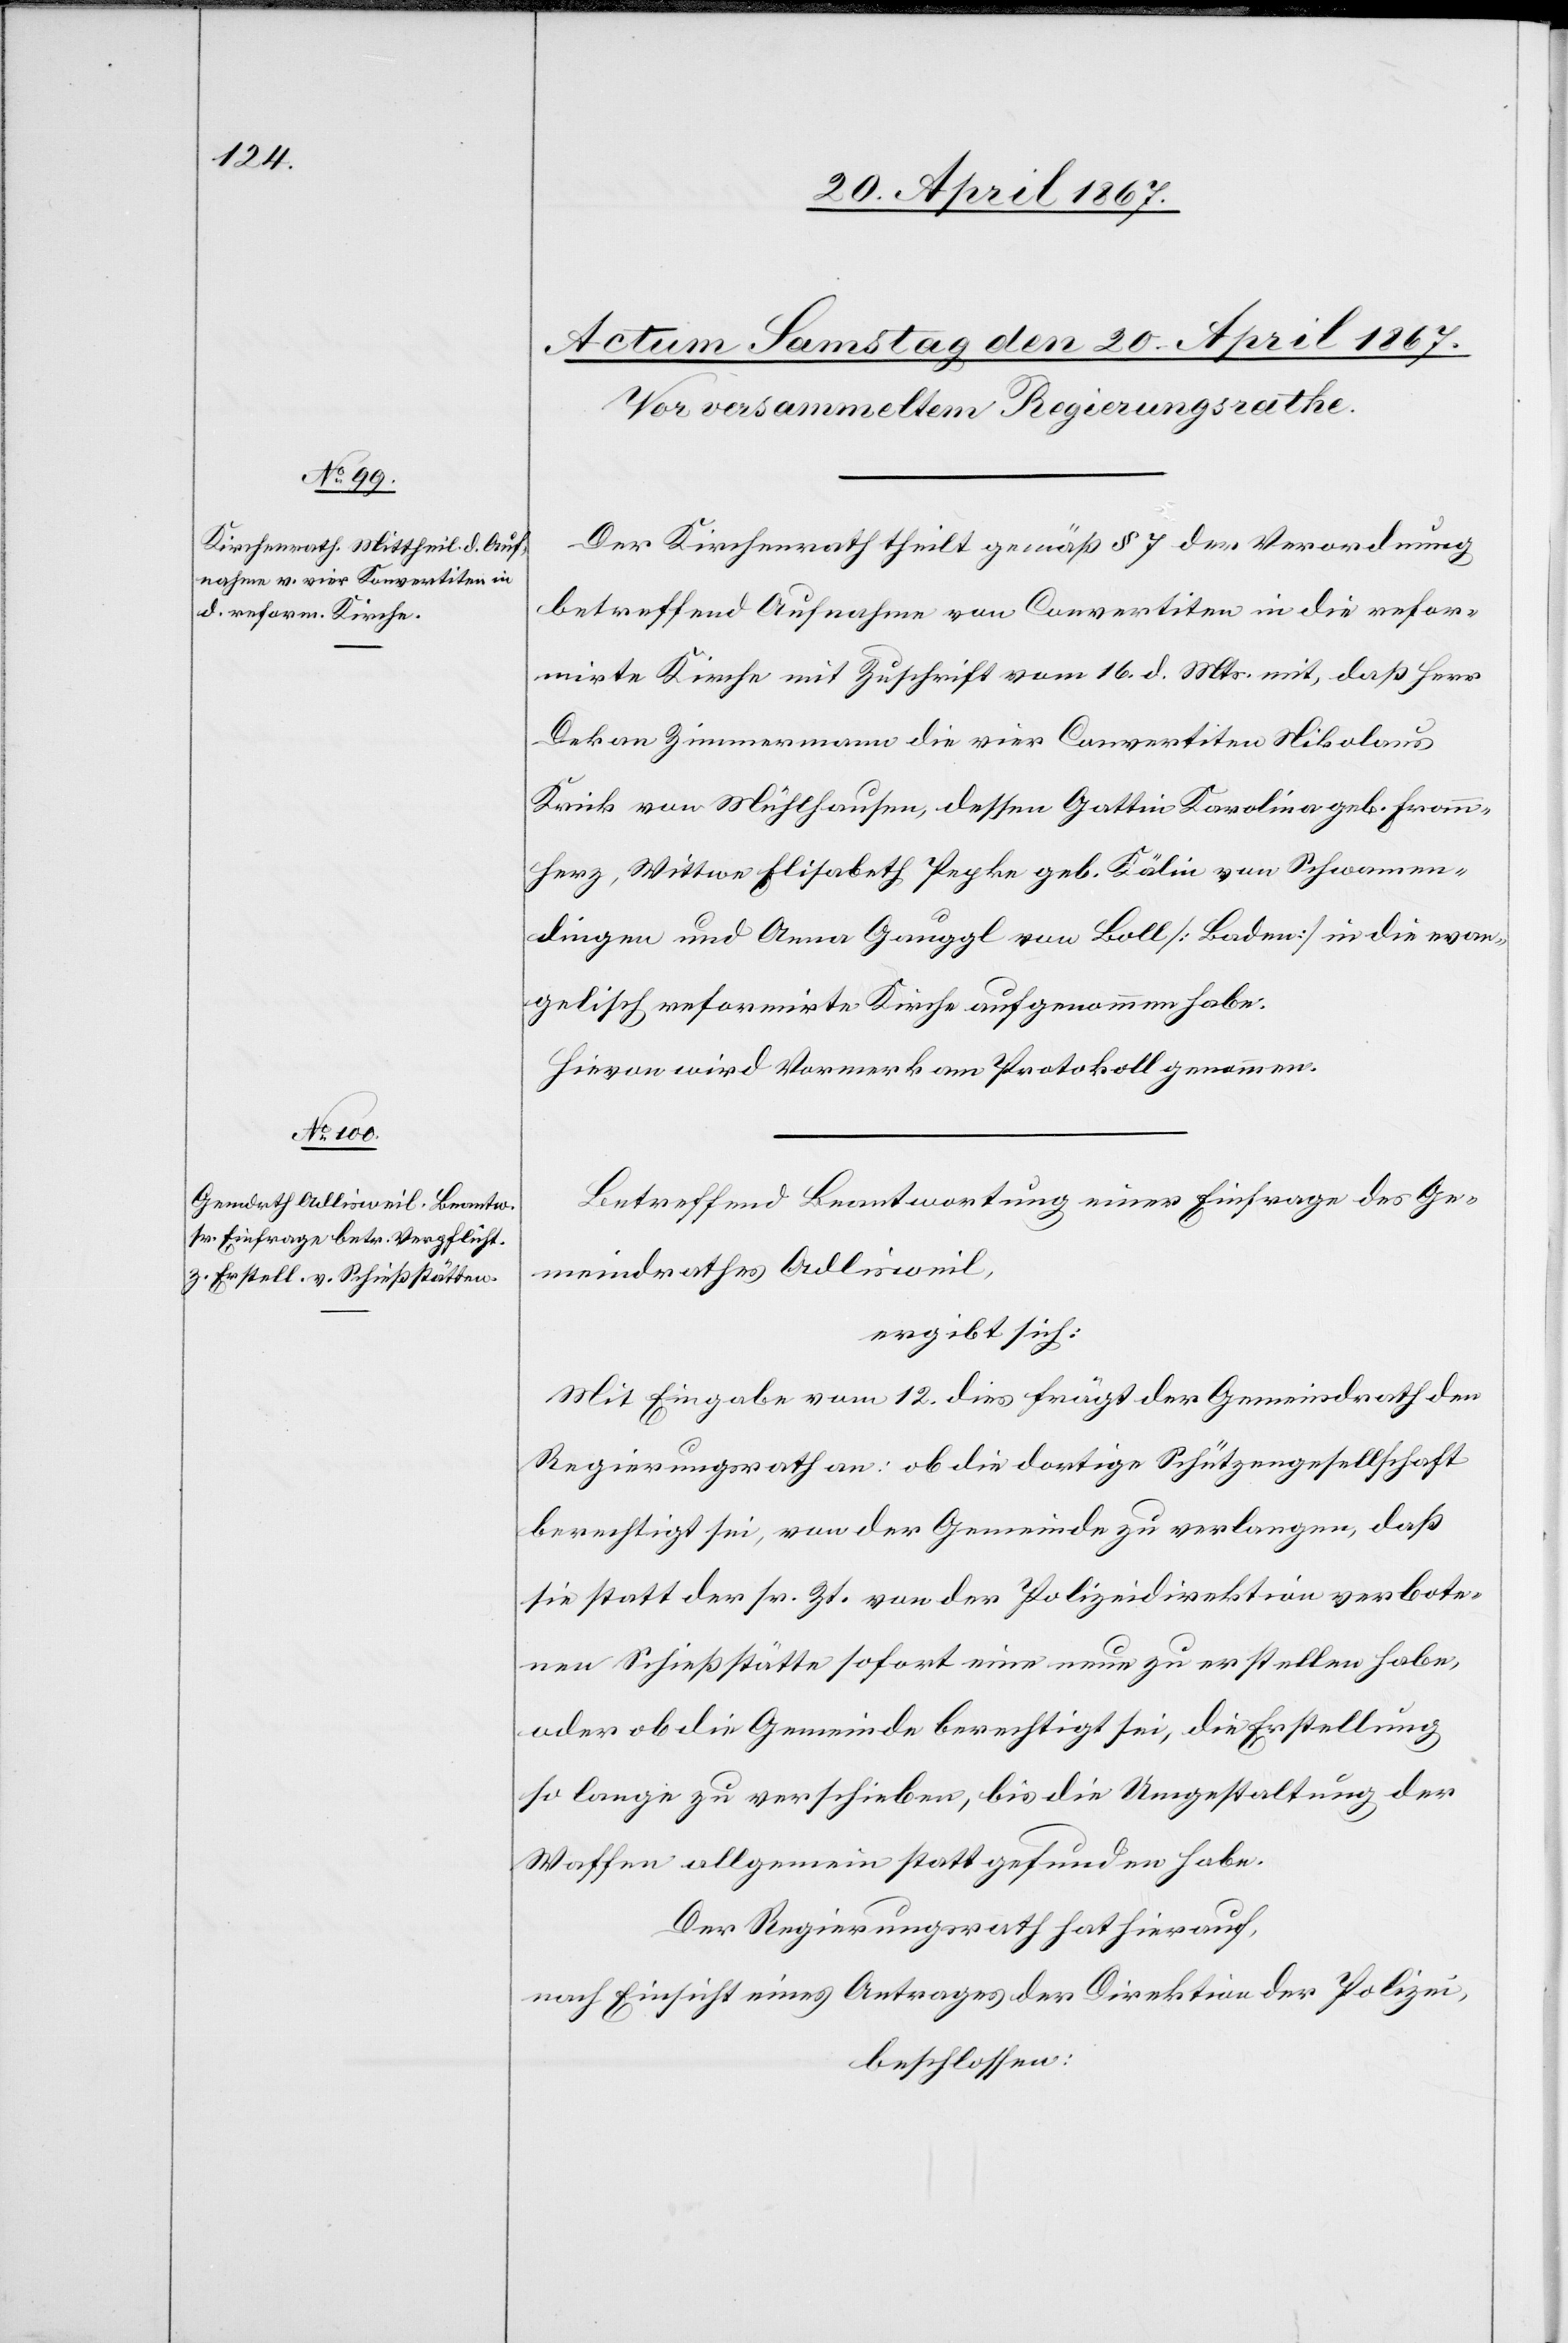
Der Kirchenrath theilt gemäß § 7 der Verordnung
betreffend Aufnahme von Convertiten in die refor¬
mirte Kirche mit Zuschrift vom 16. d. Mts mit, daß Herr
Dekan Zimmermann die vier Convertiten Nikolaus
Krick von Mühlhausen, dessen Gattin Karolina geb. Fromm¬
herz, Wittwe Elisabeth Pegke geb. Kälin von Schwamen¬
dingen und Anna Gauggl von Boll [Baden] in die evan¬
gelisch reformirte Kirche aufgenommen habe.
Hievon wird Vormerk am Protokoll genommen.
Betreffend Beantwortung einer Einfrage des Ge¬
meindrathes Adlisweil,
ergibt sich:
Mit Eingabe vom 12. dies frägt der Gemeindrath den
Regierungsrath an: ob die dortige Schützengesellschaft
berechtigt sei, von der Gemeinde zu verlangen, daß
sie statt der sr. Zt. von der Polizeidirektion verbote¬
nen Schießstätte sofort eine neue zu erstellen habe,
oder ob die Gemeinde berechtigt sei, die Erstellung
so lange zu verschieben, bis die Umgestaltung der
Waffen allgemein statt gefunden habe.
Der Regierungsrath hat hierauf,
nach Einsicht eines Antrages der Direktion der Polizei,
beschlossen